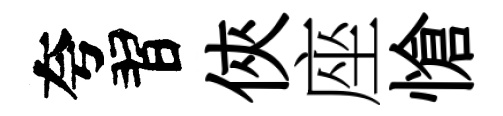
夸習俠座愴